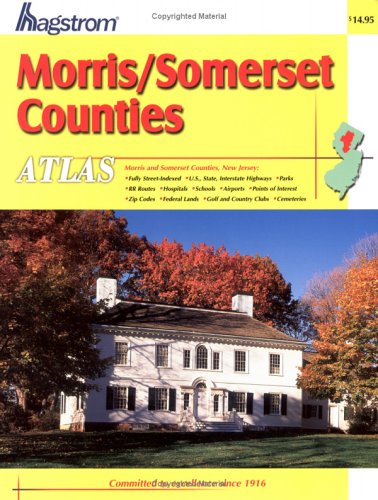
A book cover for Hagstrom Atlas Morris/Somerset Counties, New Jersey (Hagstrom Morris, Somerset Counties Atlas Large Scale Edition); Hagstrom Map Company; Travel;